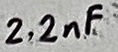
Text: 2.2nF